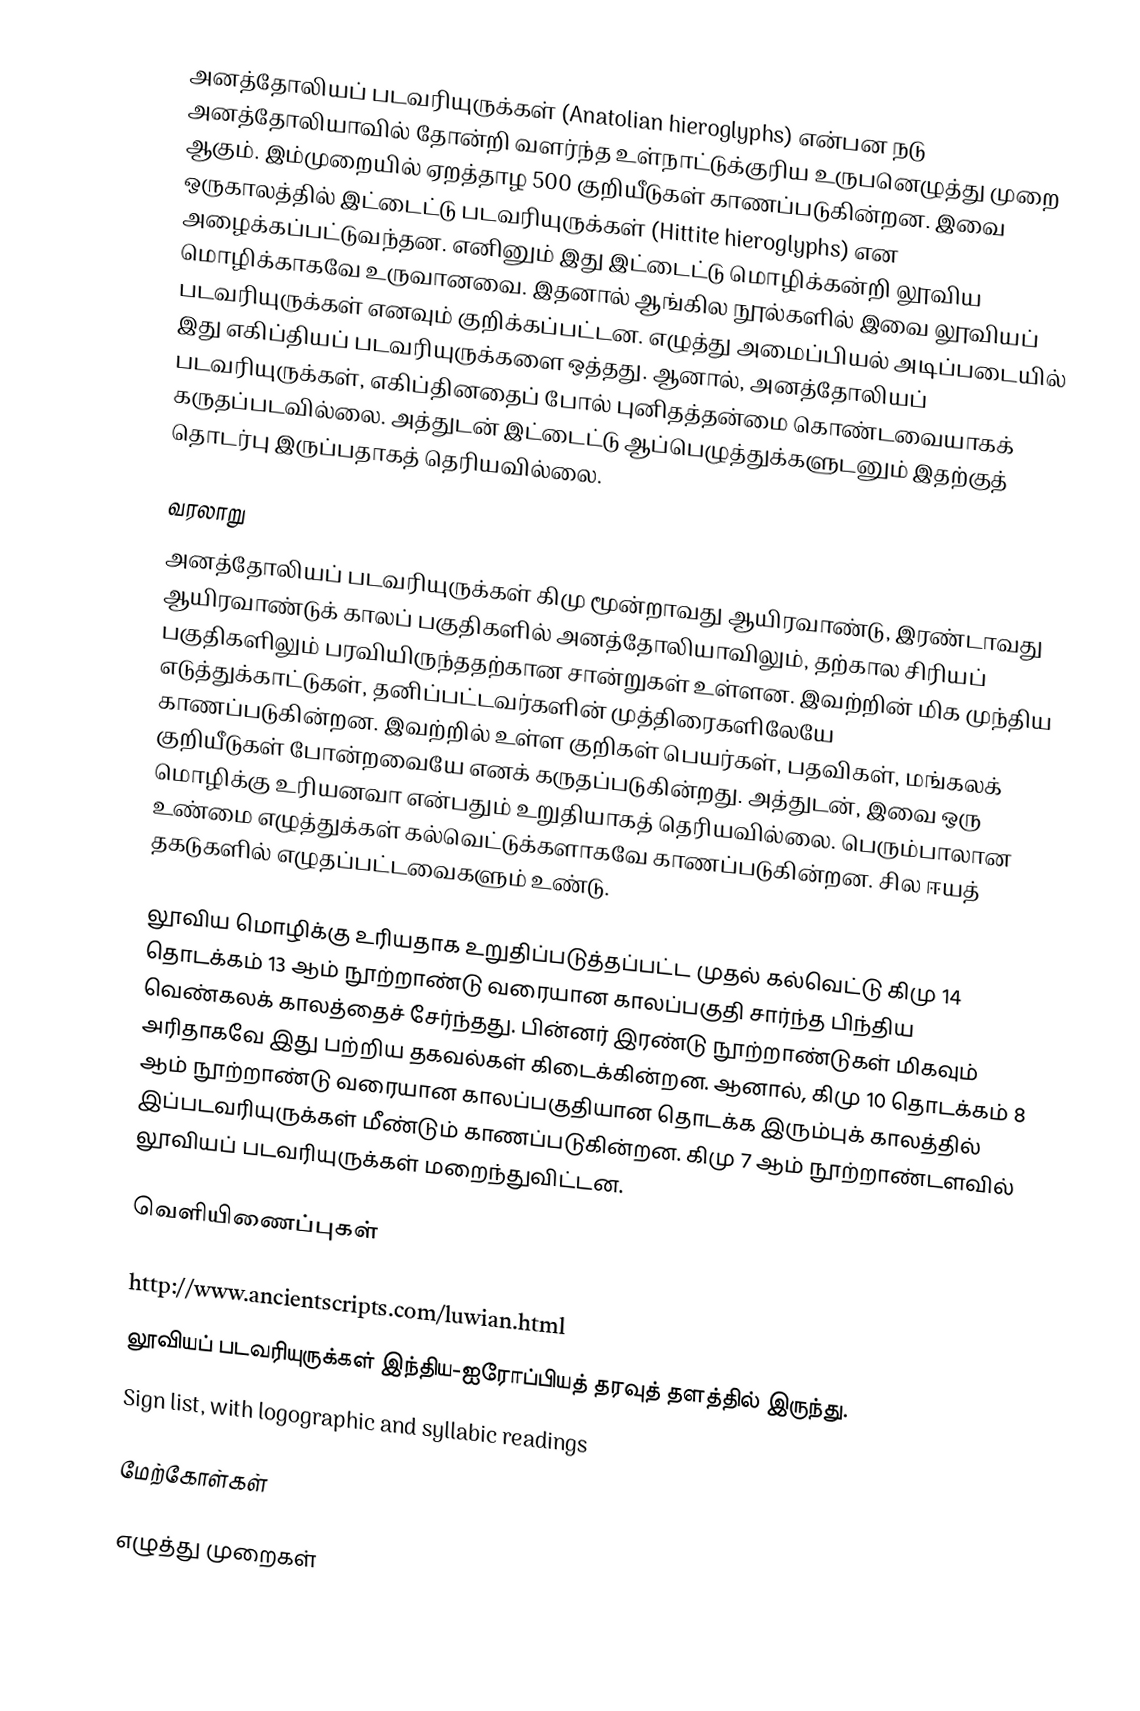
அனத்தோலியப் படவரியுருக்கள் (Anatolian hieroglyphs) என்பன நடு அனத்தோலியாவில் தோன்றி வளர்ந்த உள்நாட்டுக்குரிய உருபனெழுத்து முறை ஆகும். இம்முறையில் ஏறத்தாழ 500 குறியீடுகள் காணப்படுகின்றன. இவை ஒருகாலத்தில் இட்டைட்டு படவரியுருக்கள் (Hittite hieroglyphs) என அழைக்கப்பட்டுவந்தன. எனினும் இது இட்டைட்டு மொழிக்கன்றி லூவிய மொழிக்காகவே உருவானவை. இதனால் ஆங்கில நூல்களில் இவை லூவியப் படவரியுருக்கள் எனவும் குறிக்கப்பட்டன. எழுத்து அமைப்பியல் அடிப்படையில் இது எகிப்தியப் படவரியுருக்களை ஒத்தது. ஆனால், அனத்தோலியப் படவரியுருக்கள், எகிப்தினதைப் போல் புனிதத்தன்மை கொண்டவையாகக் கருதப்படவில்லை. அத்துடன் இட்டைட்டு ஆப்பெழுத்துக்களுடனும் இதற்குத் தொடர்பு இருப்பதாகத் தெரியவில்லை.

வரலாறு
அனத்தோலியப் படவரியுருக்கள் கிமு மூன்றாவது ஆயிரவாண்டு, இரண்டாவது ஆயிரவாண்டுக் காலப் பகுதிகளில் அனத்தோலியாவிலும், தற்கால சிரியப் பகுதிகளிலும் பரவியிருந்ததற்கான சான்றுகள் உள்ளன. இவற்றின் மிக முந்திய எடுத்துக்காட்டுகள், தனிப்பட்டவர்களின் முத்திரைகளிலேயே காணப்படுகின்றன. இவற்றில் உள்ள குறிகள் பெயர்கள், பதவிகள், மங்கலக் குறியீடுகள் போன்றவையே எனக் கருதப்படுகின்றது. அத்துடன், இவை ஒரு மொழிக்கு உரியனவா என்பதும் உறுதியாகத் தெரியவில்லை. பெரும்பாலான உண்மை எழுத்துக்கள் கல்வெட்டுக்களாகவே காணப்படுகின்றன. சில ஈயத் தகடுகளில் எழுதப்பட்டவைகளும் உண்டு.

லூவிய மொழிக்கு உரியதாக உறுதிப்படுத்தப்பட்ட முதல் கல்வெட்டு கிமு 14 தொடக்கம் 13 ஆம் நூற்றாண்டு வரையான காலப்பகுதி சார்ந்த பிந்திய வெண்கலக் காலத்தைச் சேர்ந்தது. பின்னர் இரண்டு நூற்றாண்டுகள் மிகவும் அரிதாகவே இது பற்றிய தகவல்கள் கிடைக்கின்றன. ஆனால், கிமு 10 தொடக்கம் 8 ஆம் நூற்றாண்டு வரையான காலப்பகுதியான தொடக்க இரும்புக் காலத்தில் இப்படவரியுருக்கள் மீண்டும் காணப்படுகின்றன. கிமு 7 ஆம் நூற்றாண்டளவில் லூவியப் படவரியுருக்கள் மறைந்துவிட்டன.

வெளியிணைப்புகள்

http://www.ancientscripts.com/luwian.html
லூவியப் படவரியுருக்கள்  இந்திய-ஐரோப்பியத் தரவுத் தளத்தில் இருந்து.
Sign list, with logographic and syllabic readings

மேற்கோள்கள்

எழுத்து முறைகள்